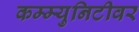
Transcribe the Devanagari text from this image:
कम्म्युनिटीवर